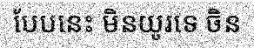
បែបនេះ មិនយូរទេ ចិន